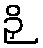
ဉှိ